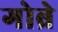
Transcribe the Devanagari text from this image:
गोब्रे